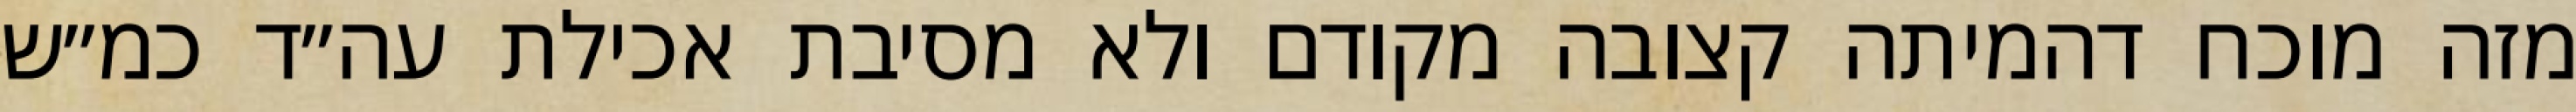
מזה מוכח דהמיתה קצובה מקודם ולא מסיבת אכילת עה״ד כמ״ש